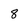
Character: 8